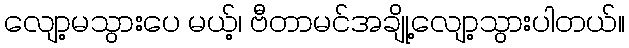
လျော့မသွားပေ မယ့်၊ ဗီတာမင်အချို့လျော့သွားပါတယ်။